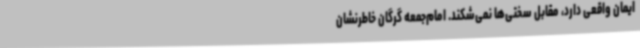
ایمان واقعی دارد، مقابل سختی‌ها نمی‌شکند. امام‌جمعه گرگان خاطرنشان